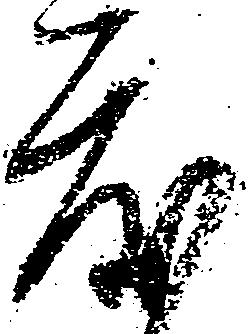
度